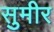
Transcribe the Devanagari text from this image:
सुमीर